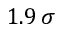
1 . 9 \, \sigma